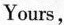
Yours,